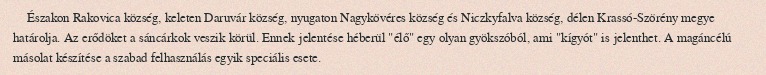
Északon Rakovica község, keleten Daruvár község, nyugaton Nagykövéres község és Niczkyfalva község, délen Krassó-Szörény megye határolja. Az erődöket a sáncárkok veszik körül. Ennek jelentése héberül "élő" egy olyan gyökszóból, ami "kígyót" is jelenthet. A magáncélú másolat készítése a szabad felhasználás egyik speciális esete.